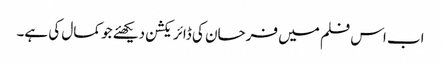
اب اس فلم میں فرحان کی ڈائریکشن دیکھئے جو کمال کی ہے۔